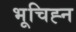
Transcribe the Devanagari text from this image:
भूचिह्न